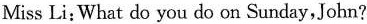
Miss Li;What do you do on Sunday,Jobn?